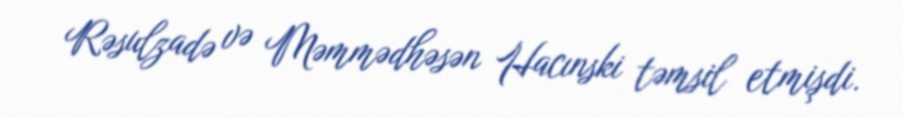
Rəsulzadə və Məmmədhəsən Hacınski təmsil etmişdi.